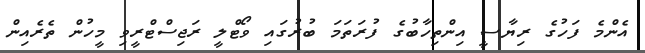
އެންމެ ފަހުގެ ރިޔާސީ އިންތިހާބުގެ ފުރަތަމަ ބުރުގައި ވޯޓްލީ ރަޖިސްޓްރީވި މީހުން ތެރެއިން